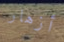
أزهار